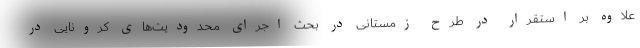
علاوه بر استقرار در طرح زمستانی در بحث اجرای محدودیت‌های کرونایی در